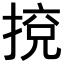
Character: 𢯻